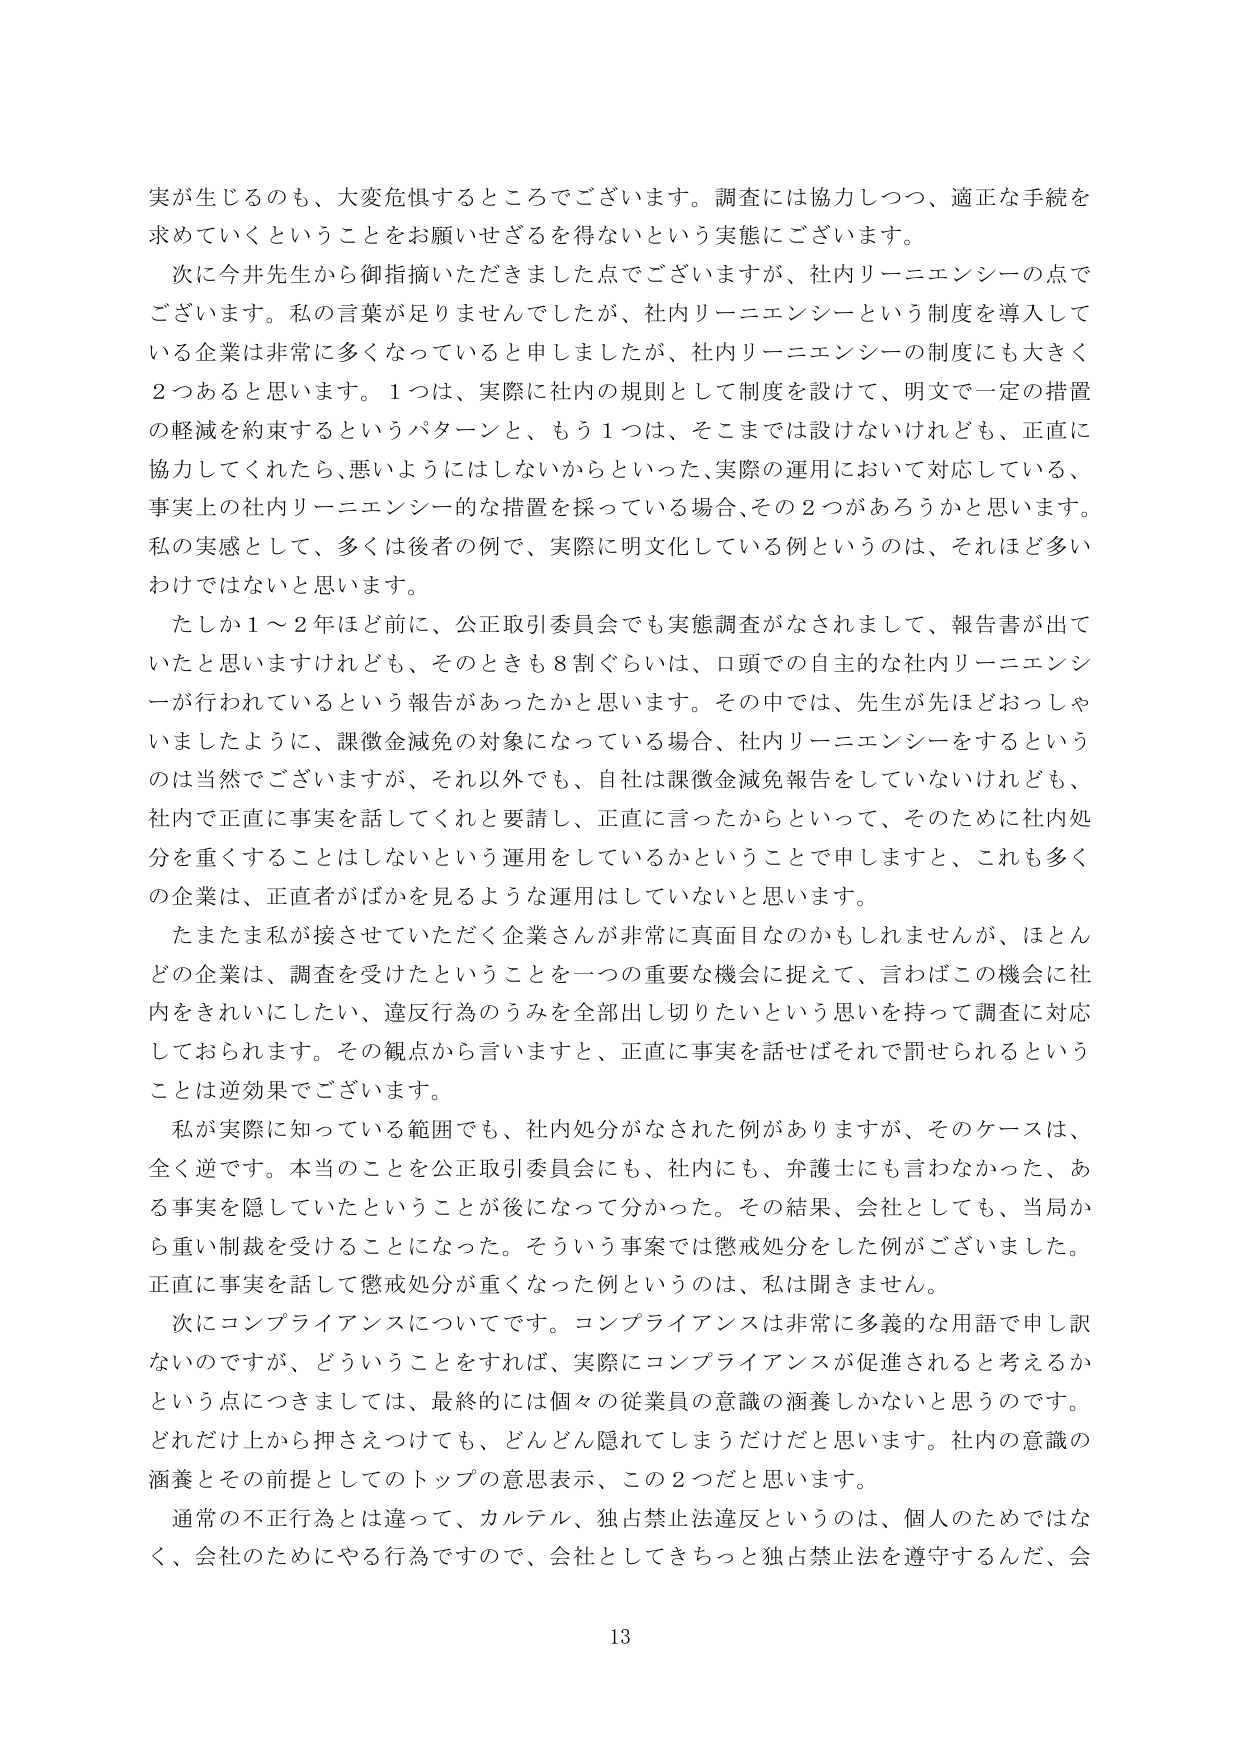
実が生じるのも、大変危惧するところでございます。調査には協力しつつ、適正な手続を求めていくということをお願いせざるを得ないという実態にございます。

次に今井先生から御指摘いただきました点でございますが、社内リーニエンシーの点でございます。私の言葉が足りませんでしたが、社内リーニエンシーという制度を導入している企業は非常に多くなっていると申しましたが、社内リーニエンシーの制度にも大きく2つあると思います。1つは、実際に社内の規則として制度を設けて、明文で一定の措置の軽減を約束するというパターンと、もう1つは、そこまでは設けないけれども、正直に協力してくれたら、悪いようにはしないからといった、実際の運用において対応している、事実上の社内リーニエンシー的な措置を採っている場合、その2つがあろうかと思います。私の実感として、多くは後者の例で、実際に明文化している例というのは、それほど多いわけではないと思います。

たしか1～2年ほど前に、公正取引委員会でも実態調査がなされまして、報告書が出ていたと思いますけれども、そのときも8割ぐらいは、口頭での自主的な社内リーニエンシーが行われているという報告があったかと思います。その中では、先生が先ほどおっしゃいましたように、課徴金減免の対象になっている場合、社内リーニエンシーをするというのは当然でございますが、それ以外でも、自社は課徴金減免報告をしていないけれども、社内で正直に事実を話してくれと要請し、正直に言ったからといって、そのために社内処分を重くすることはしないという運用をしているかということで申しますと、これも多くの企業は、正直者がばかを見るような運用はしていないと思います。

たまたま私が接させていただく企業さんが非常に真面目なのかもしれませんが、ほとんどの企業は、調査を受けたということを一つの重要な機会に捉えて、言わばこの機会に社内をきれいにしたい、違反行為のうみを全部出し切りたいという思いを持って調査に対応しておられます。その観点から言いますと、正直に事実を話せばそれで罰せられるということは逆効果でございます。

私が実際に知っている範囲でも、社内処分がなされた例がありますが、そのケースは、全く逆です。本当のことを公正取引委員会にも、社内にも、弁護士にも言わなかった、ある事実を隠していたということが後になって分かった。その結果、会社としても、当局から重い制裁を受けることになった。そういう事案では懲戒処分をした例がございました。正直に事実を話して懲戒処分が重くなった例というのは、私は聞きません。

次にコンプライアンスについてです。コンプライアンスは非常に多義的な用語で申し訳ないのですが、どういうことをすれば、実際にコンプライアンスが促進されると考えるかという点につきましては、最終的には個々の従業員の意識の涵養しかないと思うのです。どれだけ上から押さえつけても、どんどん隠れてしまうだけだと思います。社内の意識の涵養とその前提としてのトップの意思表示、この2つだと思います。

通常の不正行為とは違って、カルテル、独占禁止法違反というのは、個人のためではなく、会社のためにやる行為ですので、会社としてきちっと独占禁止法を遵守するんだ、会

13